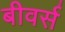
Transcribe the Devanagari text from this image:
बीवर्स